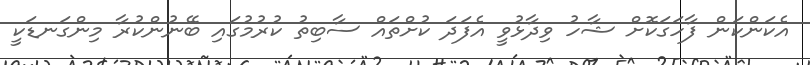
އެކަންކަން ފާހަގަކޮށް ޝާހު ވިދާޅުވީ އެފަދަ ކުށްތައް ސާބިތު ކުރުމުގައި ބޭނުންކުރާ މިންގަނޑަކީ